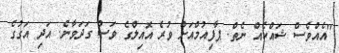
"އެއްވެސް ޝައްކެއް ނެތް. ޕާފިއުމްއަށް ވުރެ އޮއިލްގެ ވަސް ގަދަވާނެ. އަދި އަގުގެ